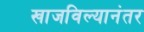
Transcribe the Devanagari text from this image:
खाजविल्यानंतर